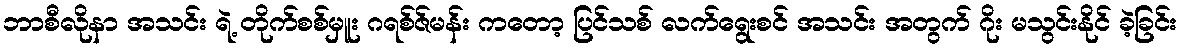
ဘာစီလိုနာ အသင်း ရဲ့ တိုက်စစ်မှူး ဂရစ်ဇ်မန်း ကတော့ ပြင်သစ် လက်ရွေးစင် အသင်း အတွက် ဂိုး မသွင်းနိုင် ခဲ့ခြင်း